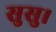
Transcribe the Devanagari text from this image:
सुसु।